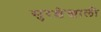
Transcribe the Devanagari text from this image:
सुरक्षेखाली